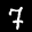
Label: 7